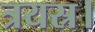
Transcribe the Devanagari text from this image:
त्रयस्र।